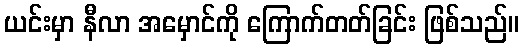
ယင်းမှာ နီလာ အမှောင်ကို ကြောက်တတ်ခြင်း ဖြစ်သည်။